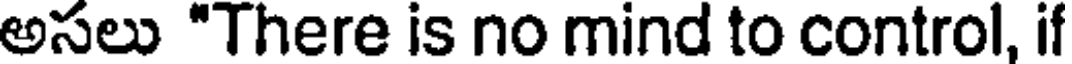
అసలు "There is no mind to control, if